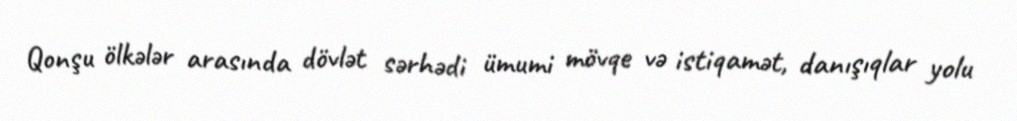
Qonşu ölkələr arasında dövlət sərhədi ümumi mövqe və istiqamət, danışıqlar yolu